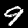
Digit: 9